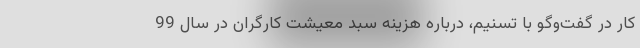
کار در گفت‌وگو با تسنیم، درباره هزینه سبد معیشت کارگران در سال 99